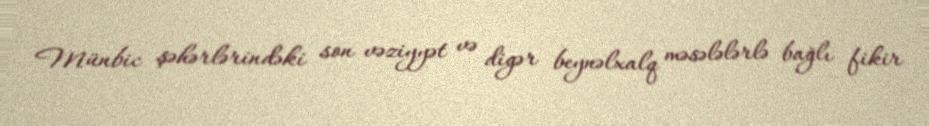
Münbic şəhərlərindəki son vəziyyət və digər beynəlxalq məsələlərlə bağlı fikir